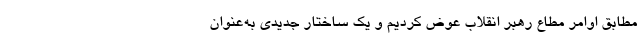
مطابق اوامر مطاع رهبر انقلاب عوض کردیم و یک ساختار جدیدی به‌عنوان